Problem: 2 + 42 = ?
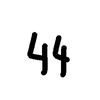
Handwritten answer: 44